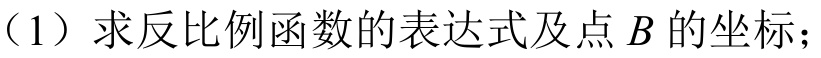
（1）求反比例函数的表达式及点\(B\)的坐标；